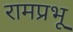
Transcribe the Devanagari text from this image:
रामप्रभू